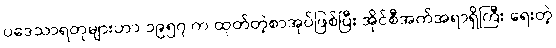
ပဒေသာရတုများဟာ ၁၉၅၇ က ထုတ်တဲ့စာအုပ်ဖြစ်ပြီး အိုင်စီအက်အရာရှိကြီး ရေးတဲ့